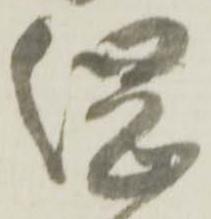
綱